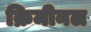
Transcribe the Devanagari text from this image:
क्रिमीनल